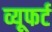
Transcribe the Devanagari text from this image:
व्यूफर्ट